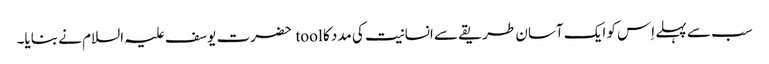
سب سے پہلے اِس کو ایک آسان طریقے سے انسانیت کی مدد کا tool حضرت یوسف علیہ السلام نے بنایا۔